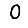
Digit: 0